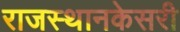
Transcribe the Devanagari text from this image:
राजस्थानकेसरी